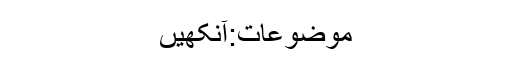
موضوعات:آنکھیں